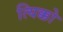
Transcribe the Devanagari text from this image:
त्यिक्को